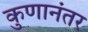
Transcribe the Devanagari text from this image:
कुणानंतर